Report of the Indian Hemp Drugs Commission, 1894-1895 - Volume VI
Year: 1894
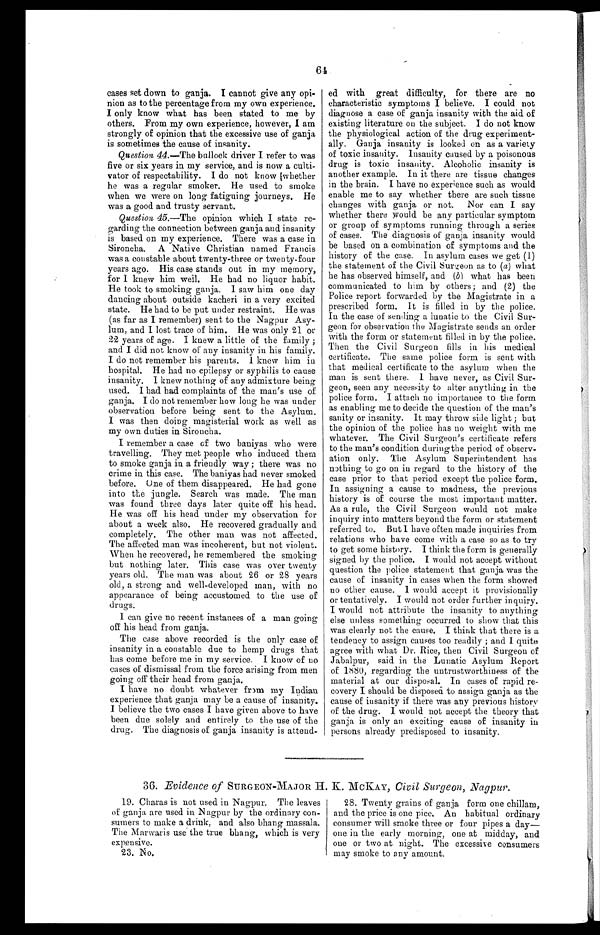
64
cases set down to ganja. I cannot give any opi-
nion as to the percentage from my own experience.
I only know what has been stated to me by
others. From my own experience, however, I am
strongly of opinion that the excessive use of ganja
is sometimes the cause of insanity.
Question 44.—The bullock driver I refer to was
five or six years in my service, and is now a culti-
vator of respectability. I do not know whether
he was a regular smoker. He used to smoke
when we were on long fatiguing journeys. He
was a good and trusty servant.
Question, 45.—The opinion which I state re-
garding the connection between ganja and insanity
is based on my experience. There was a case in
Sironcha. A Native Christian named Francis
was a constable about twenty-three or twenty-four
years ago. His case stands out in my memory,
for I knew him well. He had no liquor habit.
He took to smoking ganja. I saw him one day
dancing about outside kacheri in a very excited
state. He had to be put under restraint. He was
(as far as I remember) sent to the Nagpur Asy-
lum, and I lost trace of him. He was only 21 or
22 years of age. I knew a little of the family ;
and I did not know of any insanity in his family.
I do not remember his parents. I knew him in
hospital. He had no epilepsy or syphilis to cause
insanity. I knew nothing of any admixture being
used. I had had complaints of the man's use of
ganja. I do not remember how long he was under
observation before being sent to the Asylum.
I was then doing magisterial work as well as
my own duties in Sironcha.
I remember a case of two baniyas who were
travelling. They met people who induced them
to smoke ganja in a friendly way ; there was no
crime in this case. The baniyas had never smoked
before. One of them disappeared. He had gone
into the jungle. Search was made. The man
was found three days later quite off his head.
He was off his head under my observation for
about a week also. He recovered gradually and
completely. The other man was not affected.
The affected man was incoherent, but not violent.
When he recovered, he remembered the smoking
but nothing later. This case was over twenty
years old. The man was about 26 or 28 years
old, a strong and well-developed man, with no
appearance of being accustomed to the use of
drugs.
I can give no recent instances of a man going
off his head from ganja.
The case above recorded is the only case of
insanity in a constable due to hemp drugs that
has come before me in my service. I know of no
cases of dismissal from the force arising from men
going off their head from ganja.
I have no doubt whatever from my Indian
experience that ganja may be a cause of insanity.
I believe the two cases I have given above to have
been due solely and entirely to the use of the
drug. The diagnosis of ganja insanity is attend-
ed with great difficulty, for there are no
characteristic symptoms I believe. I could not
diagnose a case of ganja insanity with the aid of
existing literature on the subject. I do not know
the physiological action of the drug experiment-
ally. Ganja insanity is looked on as a variety
of toxic insanity. Insanity caused by a poisonous
drug is toxic insanity. Alcoholic insanity is
another example. In it there are tissue changes
in the brain. I have no experience such as would
enable me to say whether there are such tissue
changes with ganja or not. Nor can I say
whether there would be any particular symptom
or group of symptoms running through a series
of cases. The diagnosis of ganja insanity would
be based on a combination of symptoms and the
history of the case. In asylum cases we get (1)
the statement of the Civil Surgeon as to (a) what
he has observed himself, and ( b) what has been
communicated to him by others; and (2) the
Police report forwarded by the Magistrate in a
prescribed form. It is filled in by the police.
In the case of sending a lunatic to the Civil Sur-
geon for observation the Magistrate sends an order
with the form or statement filled in by the police.
Then the Civil Surgeon fills in his medical
certificate. The same police form is sent with
that medical certificate to the asylum when the
man is sent there. I have never, as Civil Sur-
geon, seen any necessity to alter anything in the
police form. I attach no importance to the form
as enabling me to decide the question of the man's
sanity or insanity. It may throw side light ; but
the opinion of the police has no weight with me
whatever. The Civil Surgeon's certificate refers
to the man's condition during the period of observ-
ation only. The Asylum Superintendent has
nothing to go on in regard to the history of the
case prior to that period except the police form.
In assigning a cause to madness, the previous
history is of course the most important matter.
As a rule, the Civil Surgeon would not make
inquiry into matters beyond the form or statement
referred to. But I have often made inquiries from
relations who have come with a case so as to try
to get some history. I think the form is generally
signed by the police. I would not accept without
question the police statement that ganja was the
cause of insanity in cases when the form showed
no other cause. I would accept it provisionally
or tentatively. I would not order further inquiry.
I would not attribute the insanity to anything
else unless something occurred to show that this
was clearly not the cause. I think that there is a
tendency to assign causes too readily ; and I quite
agree with what Dr. Rice, then Civil Surgeon of
Jabalpur, said in the Lunatic Asylum Report
of 1880, regarding the untrustworthiness of the
material at our disposal. In cases of rapid re-
covery I should be disposed to assign ganja as the
cause of insanity if there was any previous history
of the drug. I would not accept the theory that
ganja is only an exciting cause of insanity in
persons already predisposed to insanity.
36. Evidence of SURGEON-MAJOR H. K. MCKAY, Civil Surgeon, Nagpur.
19. Charas is not used in Nagpur. The leaves
of ganja are used in Nagpur by the ordinary con-
sumers to make a drink, and also bhang massala.
The Marwaris use the true bhang, which is very
expensive.
23. No.
28. Twenty grains of ganja form one chillam,
and the price is one pice. An habitual ordinary
consumer will smoke three or four pipes a day—
one in the early morning, one atmidday, and
one or two at night. The excessive consumers
may smoke to any amount.